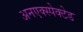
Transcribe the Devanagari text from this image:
अनएक्स्पेक्टेड